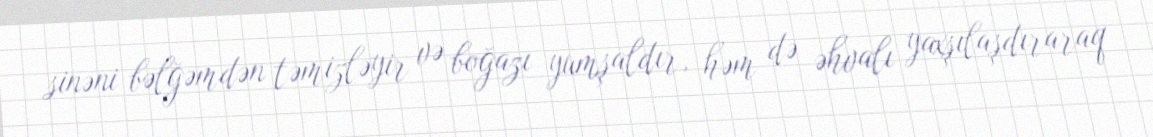
sinəni bəlğəmdən təmizləyir və boğazı yumşaldır, həm də əhvalı yaxşılaşdıraraq